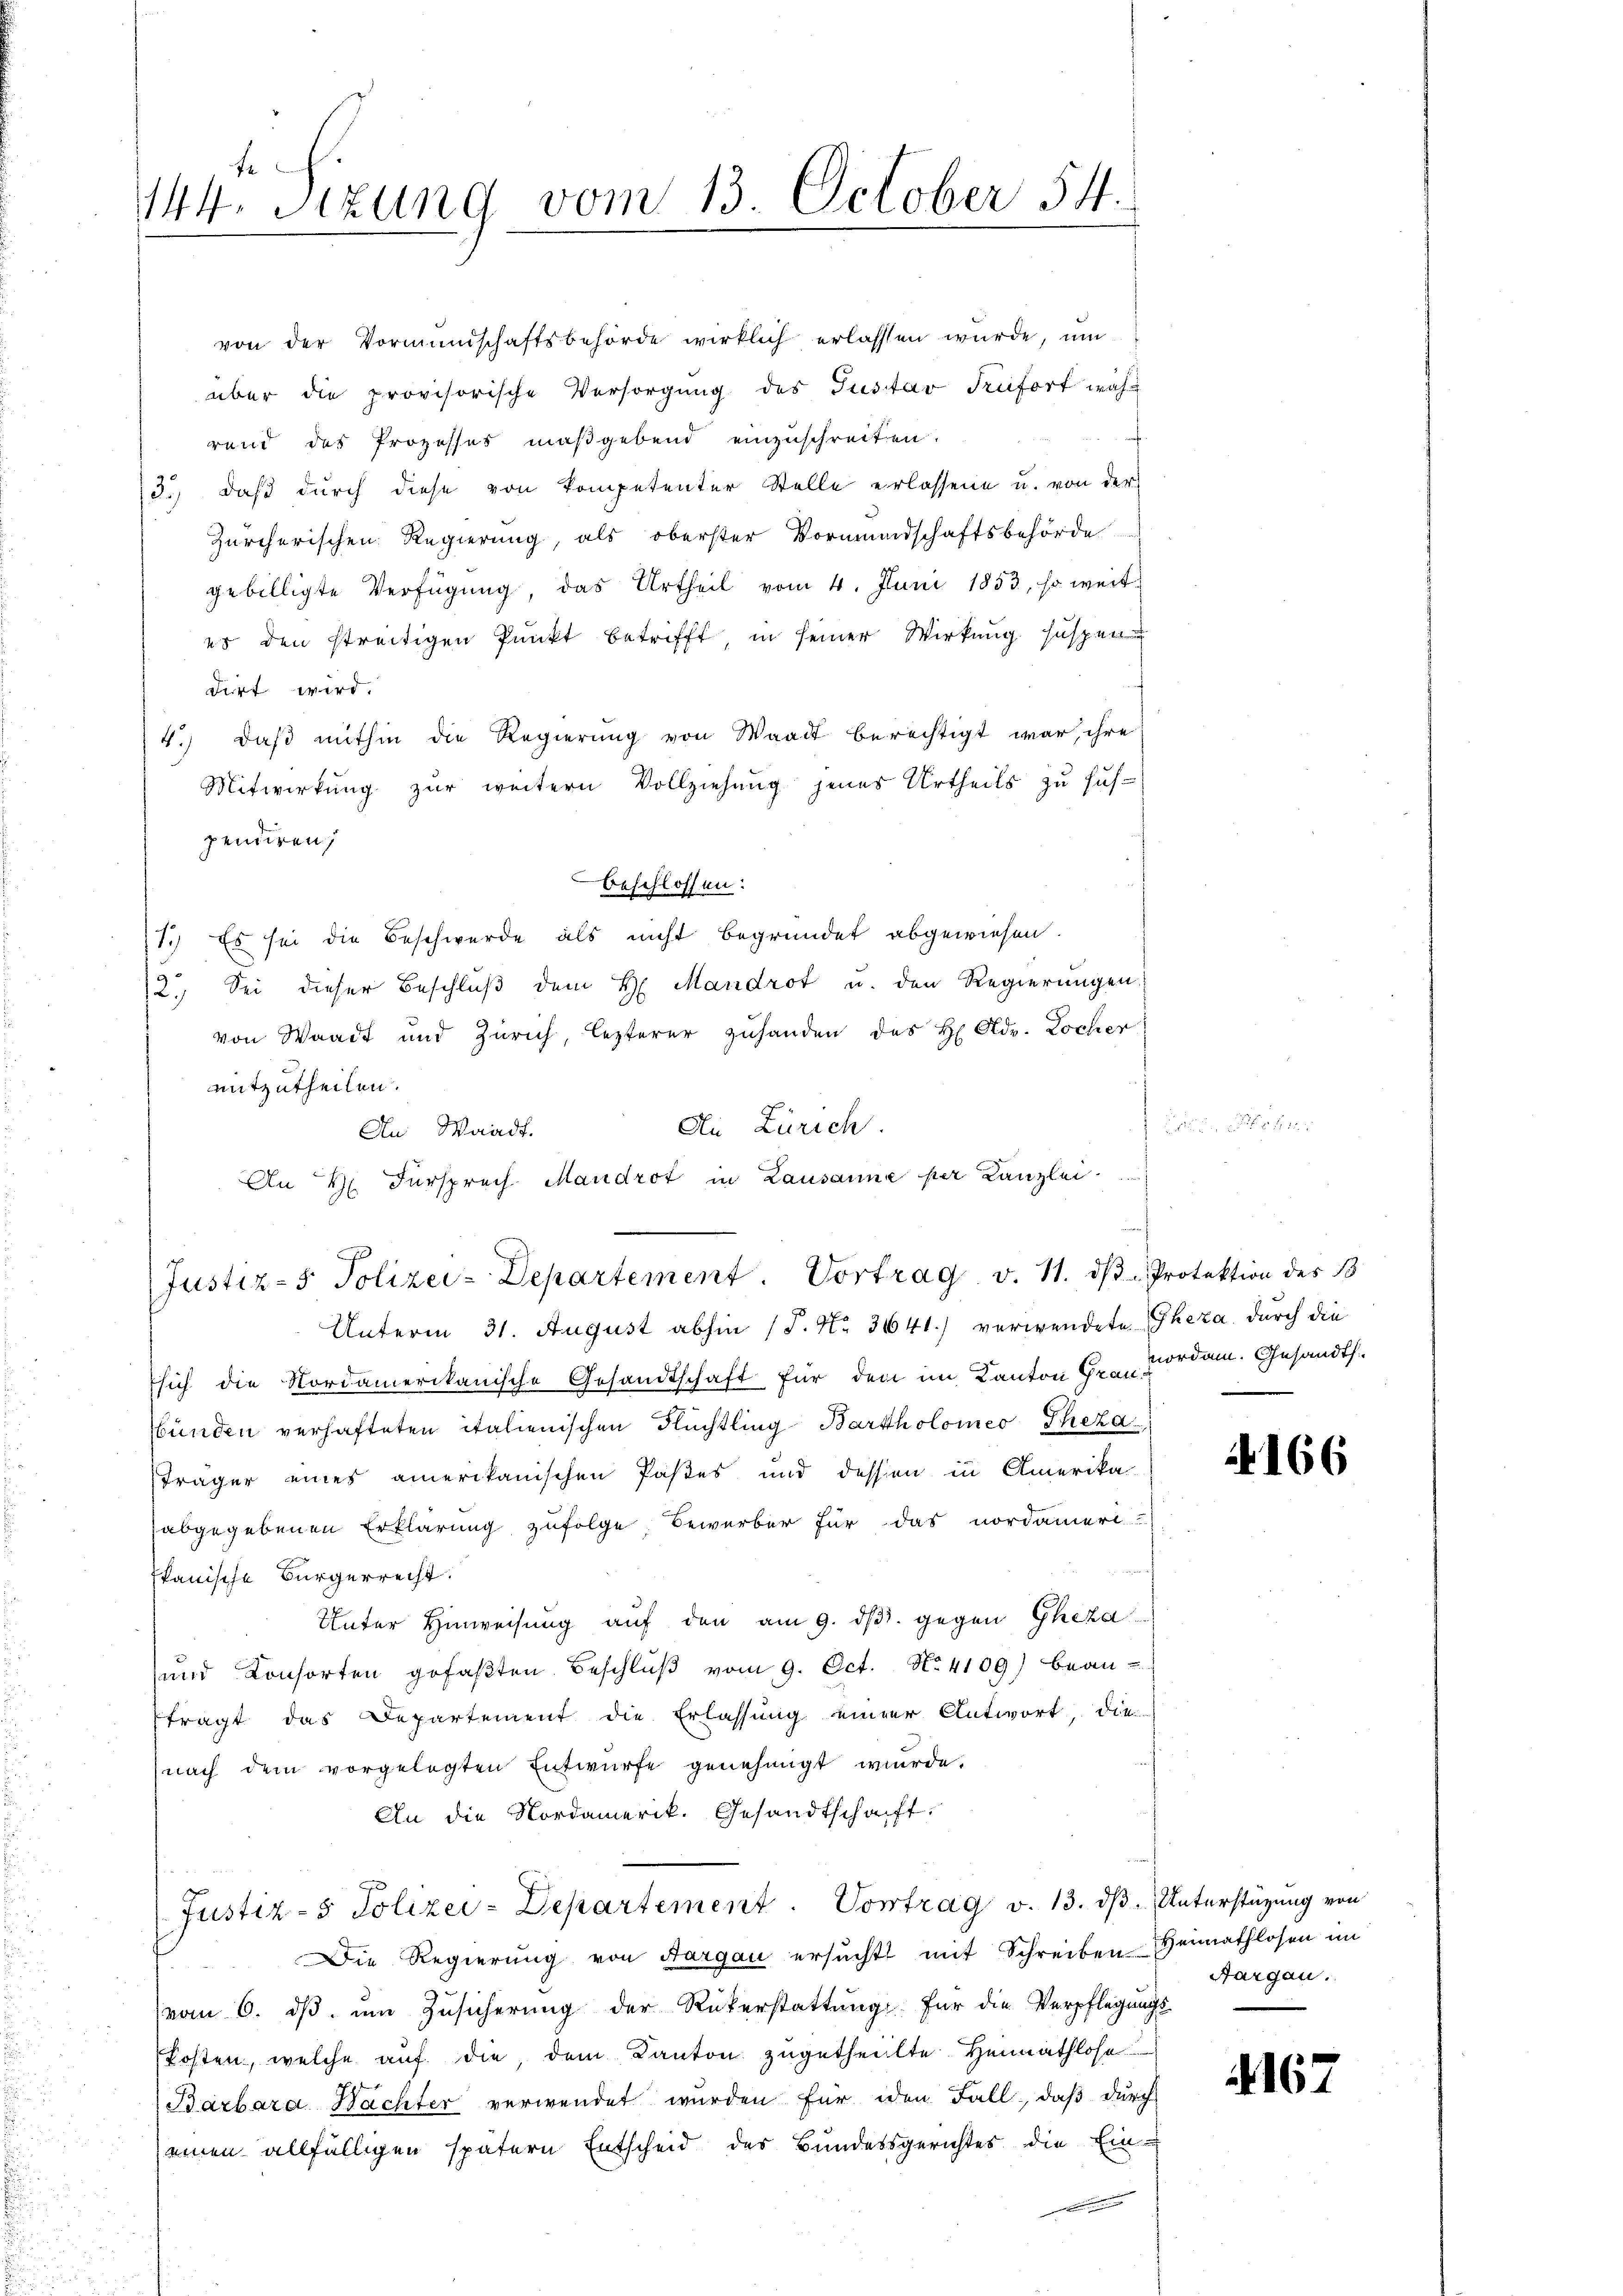
144. Sizung vom 13. October 54.

von der Vormŭndschaftsbehörde wirklich erlassen würde, um
über die provisorische Versorgung des Justav Trüfort wäh-
f
rend des Prozesses maßgebend einzuschreiten.
3.) daß durch diese von Kompetenter Stelle erlassene u. von der
Zürcherischen Regierung, als oberster Vormundschaftsbehörde
gebilligte Verfügung, das Urtheil vom 4. Juni 1853, so weit
es den streitigen Punkt betrifft in seiner Wirkung suspen
dirt wird.
4.) daß mithin die Regierung von Waadt berechtigt war, ihre
Mitwirkung zŭr weitern Vollziehung jenes Urtheils zu sus-
pendiren,
beschlossen:
1.) Es sei die Beschwerde als nicht begründet abgewiesen.
2. Sei dieser Beschluß dem H. Mandrot u. den Regierungen
von Waadt und Zürich, lezterer zuhanden des H. Adr. Locher
mitzutheilen.
Die Zürich.
An Waadt.
An H. Fürsprech Mandrot in Lausanne per Kanzlei.

Justiz-5. Polizei-Departement. Vortrag v. 11. dβ. Protektion des B
Unterm 31. August abhin (P. Nr. 3641) verwendete Thera durch die

Justiz- & Polizei-Departement. Vortrag v. 13. ds. Unterstüzung von

sich die Nordamerikanische Gesandtschaft für den im Kanton Gr. vorden. Gesandts.
bünden verhafteten italienischen Flüchtling-Bartholomeo Theza
sträger eines amerikanischen Pastes und dessen in Amerika-
abgegebenen Erklärung zufolge, Bewerber für das nordameri
Ikanische Bürgerrecht.
Unter Hinweisung auf den am 9. dβ. gegen Gheza
und Konsorten gefaβten Beschlŭβ vom 9. Oct. No. 4109) bean-
ftragt das Departement die Erlassung einer Antwort, die
nach dem vorgelegten Entwurfe genehmigt wurde,
An die Nordamerik. Gesandtschaft,

Die Regierung von Aargau ersŭcht mit Schreiben Heimathlosen im
vom 6. ds um Zusicherung der Rükerstattung. Für die Verpflegungs-
kosten, welche aŭf die, dem Kanton zugetheilte. Heimathlose
Barbara Nachter verwendet wurden für den Fall, daß durch
seinen allfälligen spätern Entscheid des Bundesgerichtes die Ein-

2166

Aargau.

167